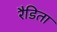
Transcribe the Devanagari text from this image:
रैडिता